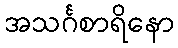
အသင်္ဂစာရိနော